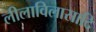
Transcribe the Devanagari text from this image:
लीलाविलासादि